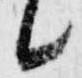
候